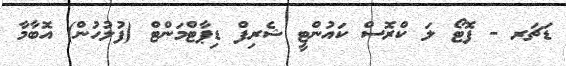
ޑަޗަރ - ފޮޓޯ ލަ ކްރޮސް ކައުންޓީ ޝެރިފް ޑިޕާޓްމަންޓް (ފުލުހުން) އޮބާމާ